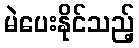
မဲပေးနိုင်သည့်